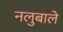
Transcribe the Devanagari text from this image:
नलुबाले